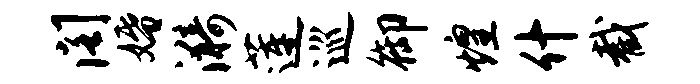
阁婚漪莲巡御煌什截